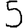
Digit: 5